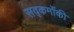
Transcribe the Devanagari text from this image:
सद्कर्मोकी